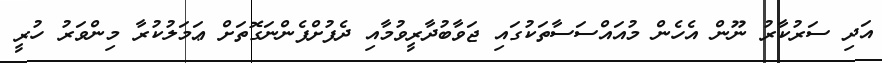
އަދި ސަރުކާރު ނޫން އެހެން މުއައްސަސާތަކުގައި ޖަވާބުދާރީވުމާއި ދެފުށްފެންނަގޮތަށް ޢަމަލުކުރާ މިންވަރު ހުރީ